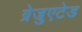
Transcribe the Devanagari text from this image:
ग्रेजुएटेड